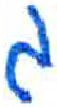
אות: ג